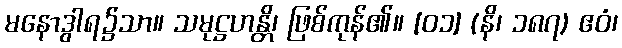
မနောဒွါရ၌သာ။ သမုဋ္ဌဟန္တိ၊ ဖြစ်ကုန်၏။ [၀၁] (နိ၊ ၁၈၇) ဧဝံ၊